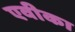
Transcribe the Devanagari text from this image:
एवीका